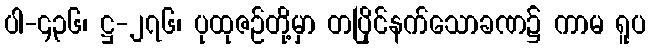
ပါ-၄၃၆၊ ဋ္ဌ-၂၇၆၊ ပုထုဇဉ်တို့မှာ တပြိုင်နက်သောခဏ၌ ကာမ ရူပ